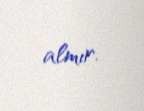
almır.